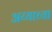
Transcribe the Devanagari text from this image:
अय्याच्या